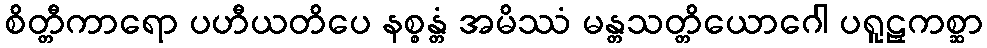
စိတ္တီကာရော ပဟီယတိပေ နစ္စန္တံ အမိဿံ မန္တသတ္တိယောဂေါ ပရူဠှကစ္ဆာ